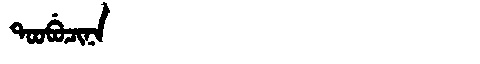
Manchu: ᡨᠣᠣᠪᡠᠴᡳᠨᠠ
Romanization: TOOBUCINA